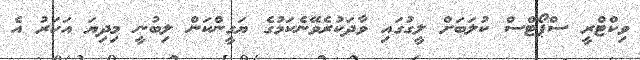
ވިކްޓްރީ ސްޕޯޓްސް ކުލަބަށް ލީގުގައި ވާދަކުރެވޭނެކަމުގެ ޔަގީންކަން ލިބުނީ މިދިޔަ އަހަރު އެ